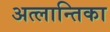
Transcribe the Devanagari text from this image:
अत्लान्तिका